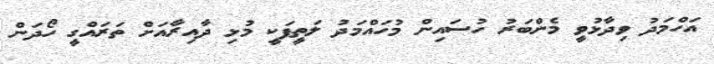
އަހްމަދު ވިދާޅުވީ މެންބަރު ހުސައިން މުހައްމަދު ލަތީފަކީ މުޅި ދާއިރާއަށް ތަރައްގީ ހޯދަން